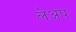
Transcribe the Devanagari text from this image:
लेअप